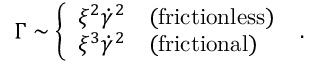
\Gamma \sim \left\{ \begin{array} { l l } { \xi ^ { 2 } \dot { \gamma } ^ { 2 } } & { ( \mathrm { { f r i c t i o n l e s s } } ) } \\ { \xi ^ { 3 } \dot { \gamma } ^ { 2 } } & { ( \mathrm { { f r i c t i o n a l } } ) } \end{array} \right. ~ .